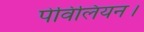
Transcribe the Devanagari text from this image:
पेविलियन।